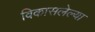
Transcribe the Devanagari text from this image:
विकासलेल्या